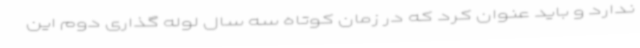
ندارد و باید عنوان کرد که در زمان کوتاه سه سال لوله گذاری دوم این